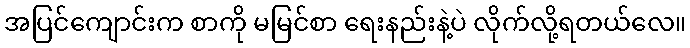
အပြင်ကျောင်းက စာကို မမြင်စာ ရေးနည်းနဲ့ပဲ လိုက်လို့ရတယ်လေ။